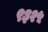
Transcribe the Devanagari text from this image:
९३२५